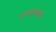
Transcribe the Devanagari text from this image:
लवणांचा